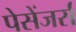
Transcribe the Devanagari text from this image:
पेसेंजर्स